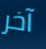
آخر